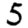
Digit: 5